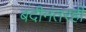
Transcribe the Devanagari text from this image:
बंदीनंतरही